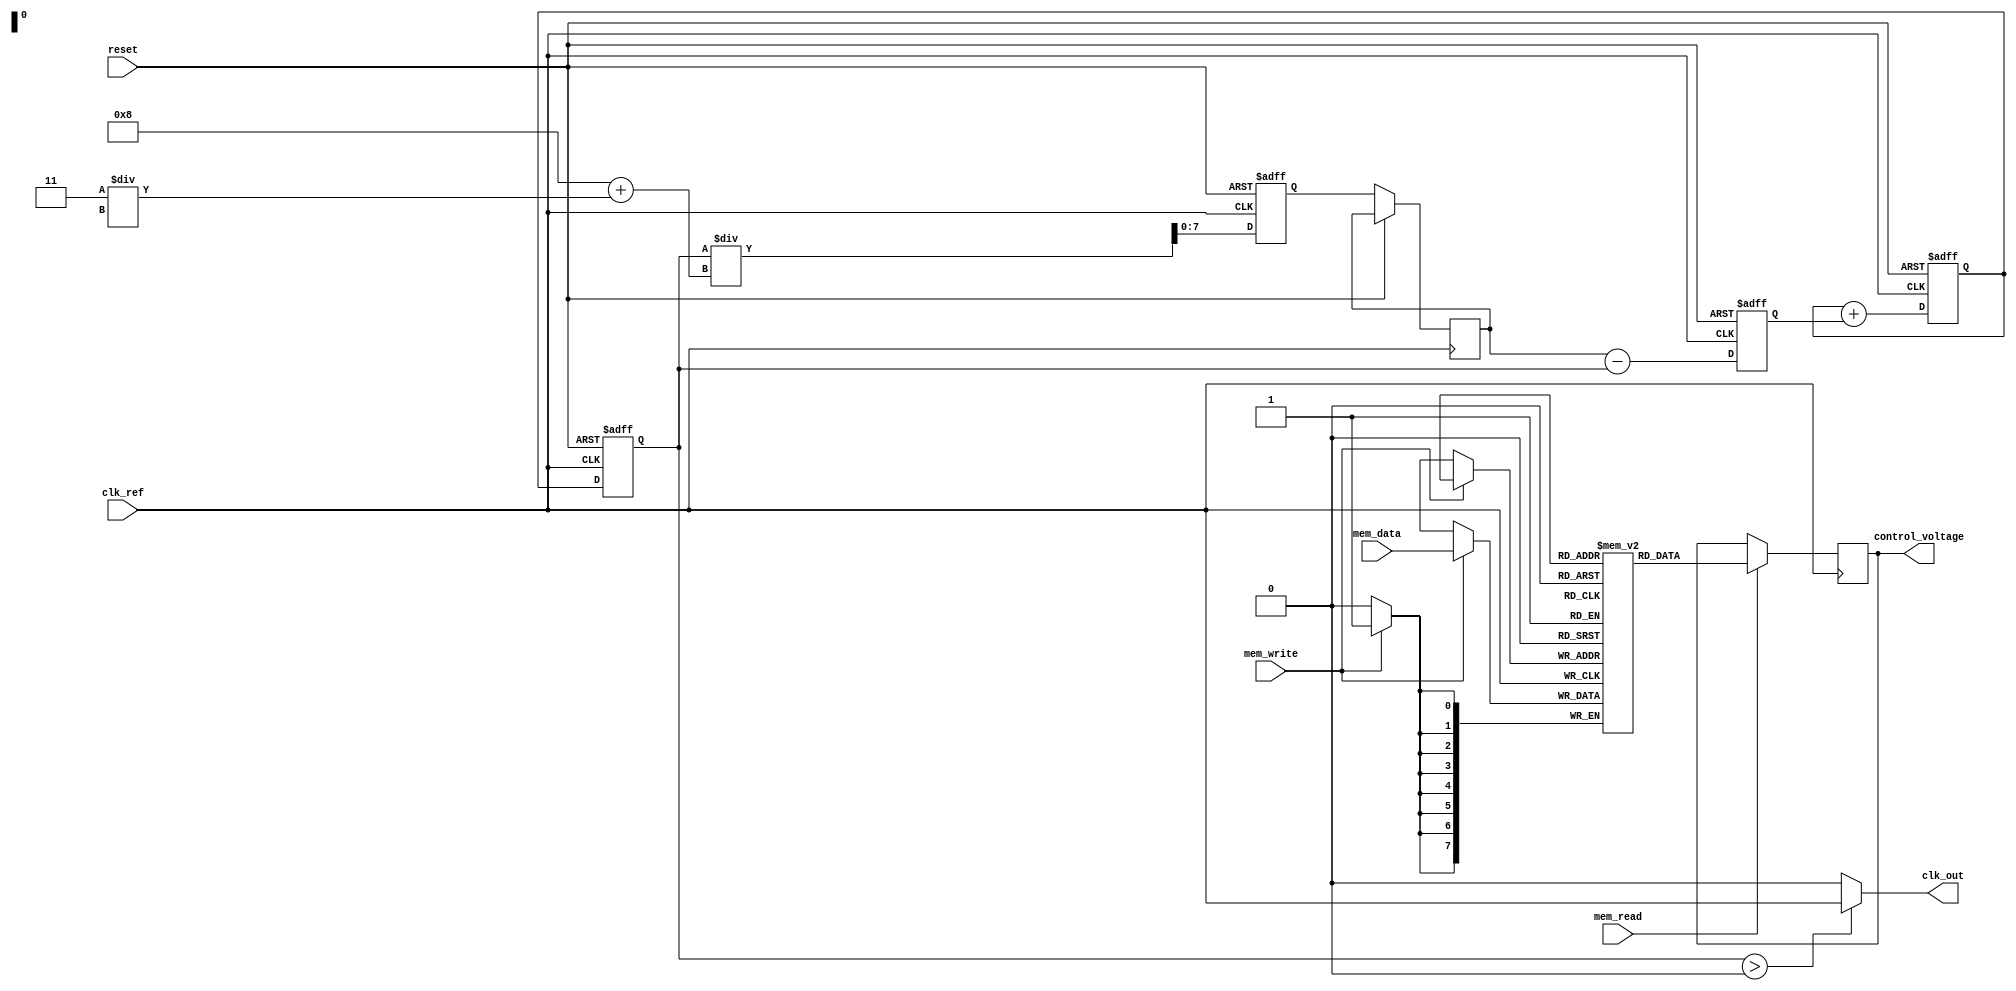
module fractional_pll (
    input wire clk_ref,         // Reference clock input
    input wire reset,          // Asynchronous reset
    output wire clk_out,       // Output clock
    output wire [7:0] control_voltage, // Control voltage for VCO
    input wire [7:0] mem_data, // Data input for memory blocks
    input wire mem_write,      // Memory write enable
    input wire mem_read        // Memory read enable
);

    // Parameters
    parameter N = 8;           // Integer division part
    parameter M = 3;           // Fractional part (1/M)
    
    // Internal signals
    reg [N-1:0] phase_error;   // Phase error signal
    reg [N-1:0] control_signal; // Control signal from loop filter
    reg [N-1:0] vco_output;     // VCO output frequency
    reg [N-1:0] feedback;       // Feedback signal
    reg [7:0] memory [0:255];   // Memory blocks for configuration
    reg [7:0] mem_addr;         // Memory address
    reg [N-1:0] divider;        // Divider for fractional-N
    reg [N-1:0] delta_sigma;    // Delta-sigma modulator output

    // Phase Detector (PD)
    always @(posedge clk_ref or posedge reset) begin
        if (reset) begin
            phase_error <= 0;
        end else begin
            // Simple phase comparison logic (to be refined)
            phase_error <= feedback - vco_output; // Example phase error calculation
        end
    end

    // Loop Filter
    always @(posedge clk_ref or posedge reset) begin
        if (reset) begin
            control_signal <= 0;
        end else begin
            // Simple low-pass filter implementation (to be refined)
            control_signal <= control_signal + phase_error; // Integrate phase error
        end
    end

    // Voltage-Controlled Oscillator (VCO)
    always @(posedge clk_ref or posedge reset) begin
        if (reset) begin
            vco_output <= 0;
        end else begin
            // Control VCO output based on control voltage
            vco_output <= control_signal; // Example control logic
        end
    end

    // Fractional-N Divider
    always @(posedge clk_ref or posedge reset) begin
        if (reset) begin
            divider <= 0;
        end else begin
            // Simple fractional-N division logic (to be refined)
            divider <= vco_output / (N + (M / delta_sigma)); // Example division
            feedback <= divider; // Feedback to phase detector
        end
    end

    // Memory Blocks
    always @(posedge clk_ref) begin
        if (mem_write) begin
            memory[mem_addr] <= mem_data; // Write to memory
        end
        if (mem_read) begin
            control_voltage <= memory[mem_addr]; // Read from memory
        end
    end

    // Output clock generation (simplified)
    assign clk_out = (vco_output > 0) ? clk_ref : 0; // Example output logic

endmodule